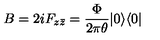
B = 2 i F _ { z \bar { z } } = \frac { \Phi } { 2 \pi \theta } | 0 \rangle \langle 0 |